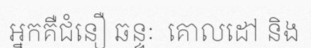
អ្នកគឺជំនឿ ឆន្ទៈ  គោលដៅ និង